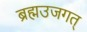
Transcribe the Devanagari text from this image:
ब्रह्मउजगत्